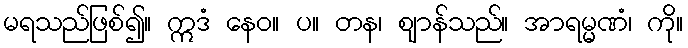
မရသည်ဖြစ်၍။ ဣဒံ နေဝ။ ပ။ တန၊ ဈာန်သည်။ အာရမ္မဏံ၊ ကို။